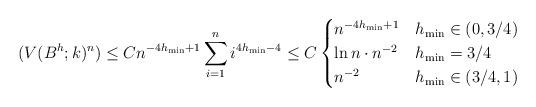
LaTeX: \begin{align*} (V(B^h;k)^n) \leq C n^{-4h_{\min}+1} \sum_{i=1}^n i^{4h_{\min} -4} \leq C\begin{cases}n^{-4h_{\min}+1} & h_{\min} \in (0,3/4) \\\ln n\cdot n^{-2} & h_{\min} = 3/4 \\n^{-2} & h_{\min} \in (3/4,1)\end{cases} \end{align*}